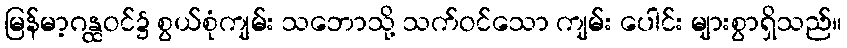
မြန်မာ့ဂန္ထဝင်၌ စွယ်စုံကျမ်း သဘောသို့ သက်ဝင်သော ကျမ်း ပေါင်း များစွာရှိသည်။